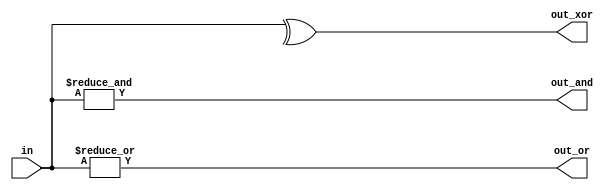
module gates100(

    input [99:0] in,
    output out_and,
    output out_or,
    output out_xor

);

    assign out_and = &in;
    assign out_or = |in;
    assign out_xor = ^in;


endmodule

module tb;

    reg [99:0] in;
    wire out_and;
    wire out_or;
    wire out_xor;


    gates100 u0(.in(in), .out_and(out_and), .out_or(out_or), .out_xor(out_xor));

    initial begin

        $display("in\tout_and\tout_or\tout_xor");
        $monitor("%d\t%d\t%d\t%d", in, out_and, out_or, out_xor);

    end
endmodule